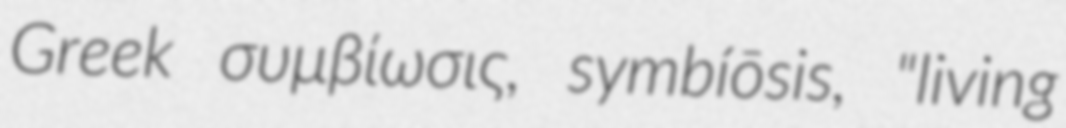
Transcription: Greek συμβίωσις, symbíōsis, "living